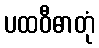
ပထဝီဓာတုံ